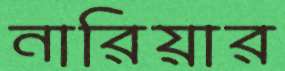
নারিয়ার